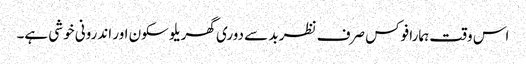
اس وقت ہمارا فوکس صرف نظر بد سے دوری گھریلو سکون اور اندرونی خوشی ہے۔